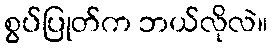
စွပ်ပြုတ်က ဘယ်လိုလဲ။